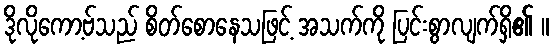
ဒိုလိုကော့ဗ်သည် စိတ်စောနေသဖြင့် အသက်ကို ပြင်းစွာလျက်ရှိ၏ ။